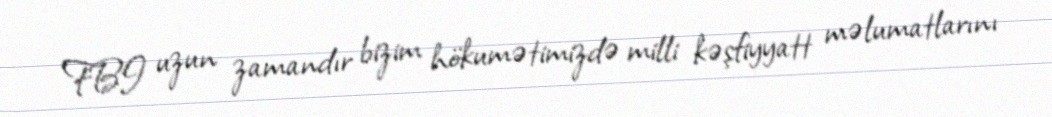
FBI uzun zamandır bizim hökumətimizdə milli kəşfiyyatt məlumatlarını